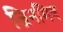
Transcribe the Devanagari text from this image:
जिनमित्र